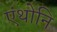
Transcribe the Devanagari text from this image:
एंथोनि